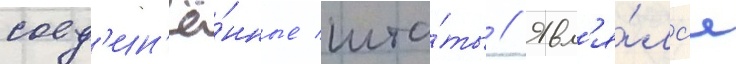
соед'ин'ё́нные шта́ты // Явл'я́лс'я